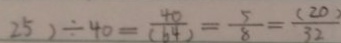
2 5 ) \div 4 0 = \frac { 4 0 } { ( 6 4 ) } = \frac { 5 } { 8 } = \frac { ( 2 0 ) } { 3 2 }